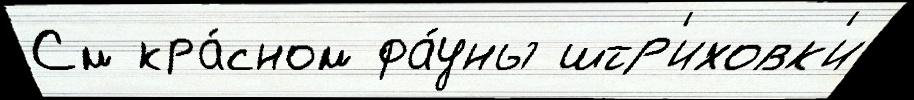
См кра́сном фа́уны штр'иховк'и